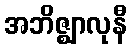
အဘိဇ္ဈာလုနီ